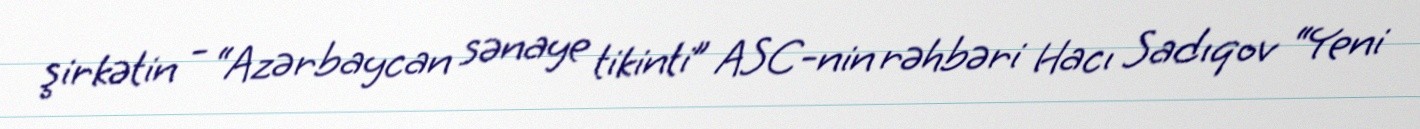
şirkətin - “Azərbaycan sənaye tikinti” ASC-nin rəhbəri Hacı Sadıqov “Yeni